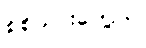
စစ်သားတွေက